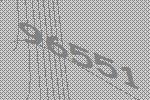
96551